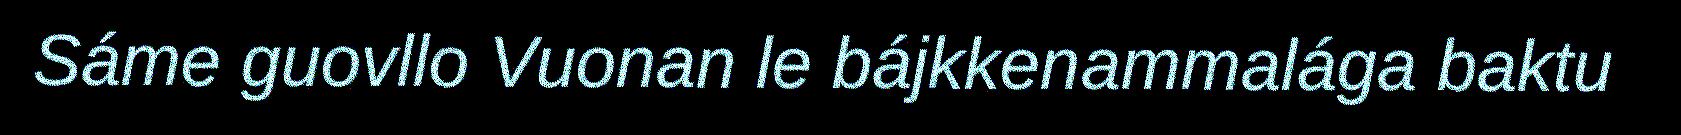
Sáme guovllo Vuonan le bájkkenammalága baktu